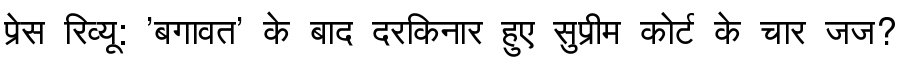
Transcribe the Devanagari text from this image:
प्रेस रिव्यू: 'बगावत' के बाद दरकिनार हुए सुप्रीम कोर्ट के चार जज?